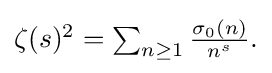
{\textstyle \zeta (s)^{2}=\sum _{n\geq 1}{\frac {\sigma _{0}(n)}{n^{s}}}.}